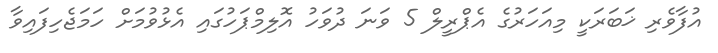
އުފާވެރި ޚަބަރަކީ މިއަހަރުގެ އެޕްރީލް 5 ވަނަ ދުވަހު އޮލިމްޕަހުގައި އެޅުވުމަށް ހަމަޖެހިފައިވާ